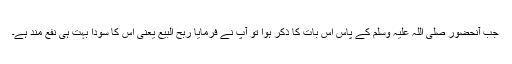
جب آنحضور صلی اللہ علیہ وسلم کے پاس اس بات کا ذکر ہوا تو آپؐ نے فرمایا رَبِحَ الْبَیْعُ یعنی اس کا سودا بہت ہی نفع مند ہے۔